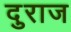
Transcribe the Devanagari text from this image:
दुराज